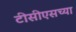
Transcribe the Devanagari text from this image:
टीसीएसच्या